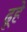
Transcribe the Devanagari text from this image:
ढूहे